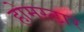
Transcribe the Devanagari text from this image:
होमस्टार